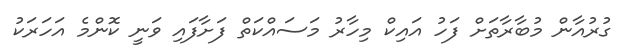
ގުރުއާން މުބާރާތަށް ފަހު އައިކް މިހާރު މަސައްކަތް ފަށާފައި ވަނީ ކޮންމެ އަހަރަކު